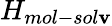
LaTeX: H_{mol-sol\mathbf{v}}